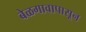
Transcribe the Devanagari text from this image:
बेळगावापासून